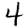
Digit: 4